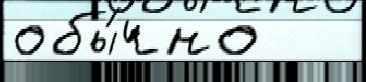
обы́чно